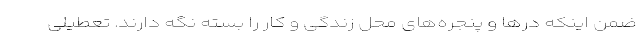
ضمن اینکه در‌ها و پنجره‌های محل زندگی و کار را بسته نگه دارند. تعطیلی